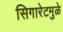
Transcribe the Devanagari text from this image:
सिगारेटमुळे